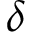
\delta